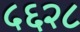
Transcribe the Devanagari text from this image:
५६२८